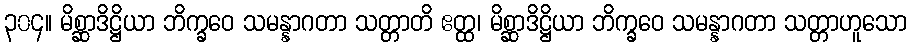
၃၀၄။ မိစ္ဆာဒိဋ္ဌိယာ ဘိက္ခဝေ သမန္နာဂတာ သတ္တာတိ ဧတ္ထ၊ မိစ္ဆာဒိဋ္ဌိယာ ဘိက္ခဝေ သမန္နာဂတာ သတ္တာဟူသော